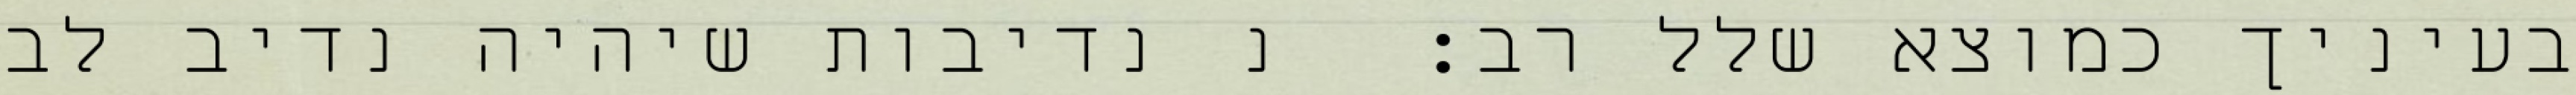
בעיניך כמוצא שלל רב:  נ נדיבות שיהיה נדיב לב